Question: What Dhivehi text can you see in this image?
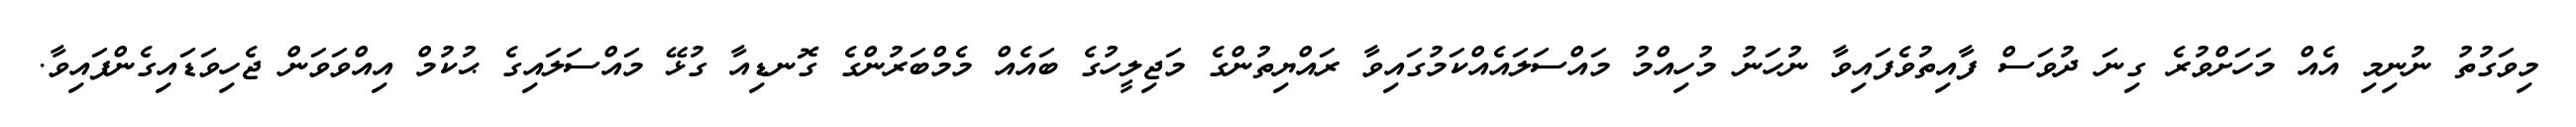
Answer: މިވަގުތު ނުނިމި އެއް މަހަށްވުރެ ގިނަ ދުވަސް ފާއިތުވެފައިވާ ނުހަނު މުހިއްމު މައްސަލައެއްކަމުގައިވާ ރައްޔިތުންގެ މަޖިލީހުގެ ބައެއް މެމްބަރުންގެ ގޮނޑިއާ ގުޅޭ މައްސަލައިގެ ޙުކުމް އިއްވަވަން ޖެހިވަޑައިގެންފައިވާ.